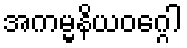
အကမ္မနိယဝဂ္ဂေါ